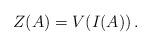
LaTeX: \begin{align*}Z(A)=V(I(A))\,.\end{align*}